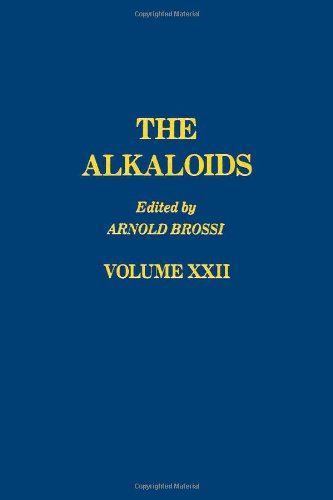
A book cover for The Alkaloids: Chemistry and Pharmacology, Vol. 22; Science & Math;